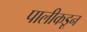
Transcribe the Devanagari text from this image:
पालीकडून